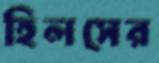
হিলসের